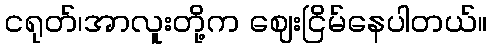
ငရုတ်၊အာလူးတို့က ဈေးငြိမ်နေပါတယ်။